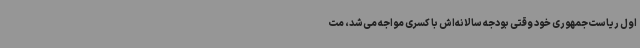
اول ریاست‌جمهوری خود وقتی بودجه سالانه‌اش با کسری مواجه می‌شد، مت